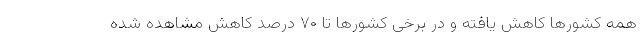
همه کشورها کاهش یافته و در برخی کشورها تا ۷۰ درصد کاهش مشاهده شده